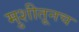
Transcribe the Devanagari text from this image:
मुशीतूनच